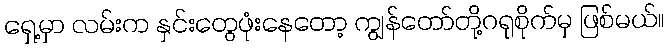
ရှေ့မှာ လမ်းက နှင်းတွေဖုံးနေတော့ ကျွန်တော်တို့ဂရုစိုက်မှ ဖြစ်မယ်။